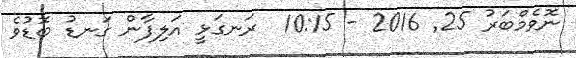
ނޮވެމްބަރު 25